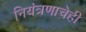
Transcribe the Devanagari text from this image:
नियंत्रणाचेही